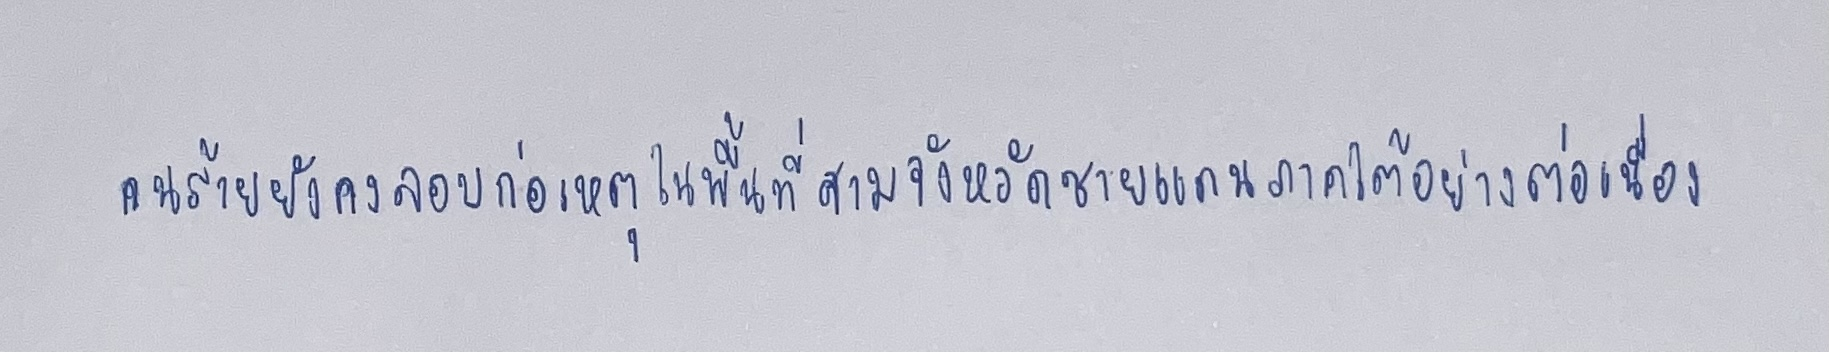
คนร้ายยังคงลอบก่อเหตุในพื้นที่สามจังหวัดชายแดนภาคใต้อย่างต่อเนื่อง